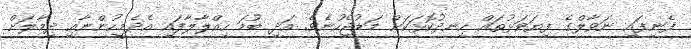
ފެނިފައި ނަވާލްގެ ފިޔަވަޅުތައް ހިނދުކޮޅަކަށް މަޑުޖެހުނެވެ. އަދި ބުމަ ހިއްލާލާފައި އެދެމީހުންނާއި ދިމާލަށް